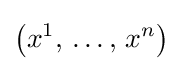
\left(x^{1},\,\ldots ,\,x^{n}\right)